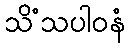
သိံသပါဝနံ